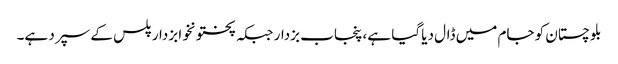
بلوچستان کو جام میں ڈال دیا گیا ہے، پنجاب بزدار جبکہ پختونخوا بزدار پلس کے سپرد ہے۔